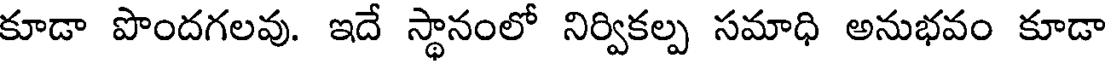
కూడా పొందగలవు. ఇదే స్థానంలో నిర్వికల్ప సమాధి అనుభవం కూడా